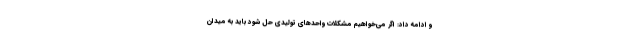
و ادامه داد: اگر می‌خواهیم مشکلات واحدهای تولیدی حل شود باید به میدان